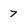
Character: 7